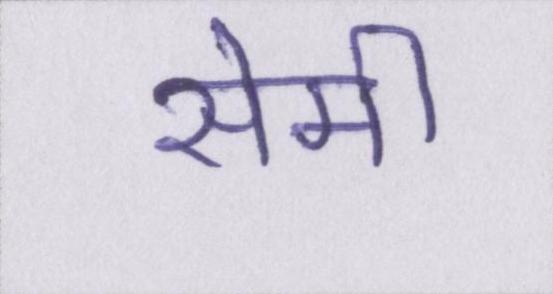
सेमी